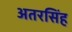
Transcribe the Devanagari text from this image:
अतरसिंह